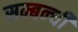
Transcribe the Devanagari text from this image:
सम्‍बन्‍धी